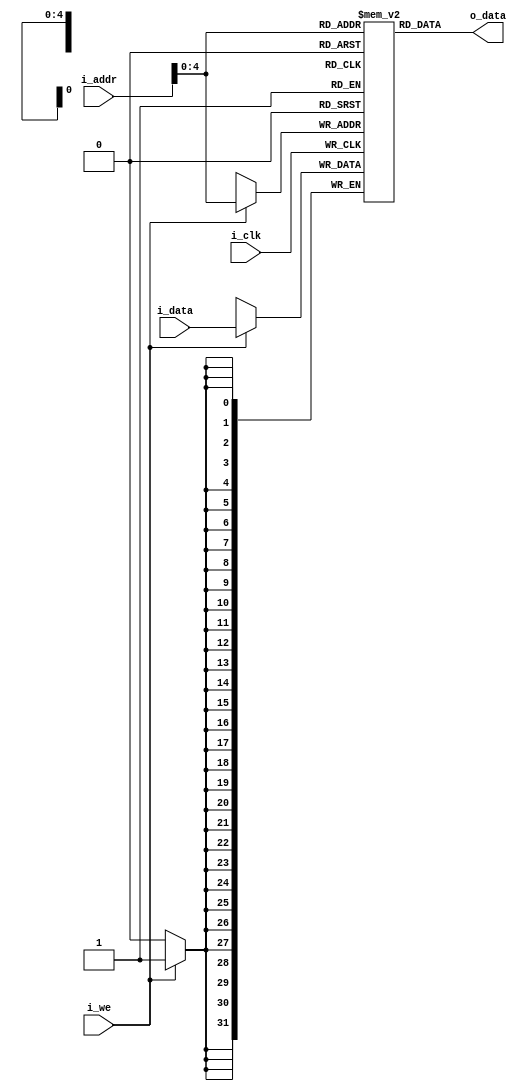
module ram(i_clk, i_addr, i_data, i_we, o_data);
parameter DATA_WIDTH = 32;
parameter ADDR_WIDTH = 32; 

input                     i_clk, i_we;// if i_we then write else if !i_we then read
input   [ADDR_WIDTH-1:0]  i_addr;
input   [DATA_WIDTH-1:0]  i_data;
output reg [DATA_WIDTH-1:0]  o_data;


reg [DATA_WIDTH-1:0] mem [0:31];

assign o_data = mem[i_addr];

always @(posedge i_clk) begin 
	if(i_we) begin
		mem[i_addr] <= i_data;
	end
end

endmodule